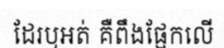
ដែរឬអត់ គឺពឹងផ្អែកលើ